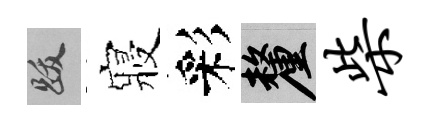
跋寢彩厘柴